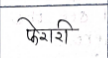
मजकूर: फेरारी